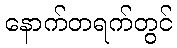
နောက်တရက်တွင်